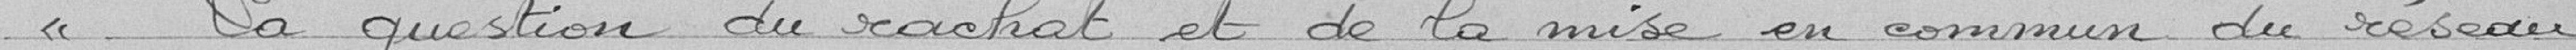
« La question du rachat et de la mise en commun du réseau